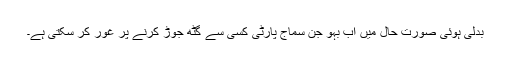
بدلی ہوئی صورت حال میں اب بہو جن سماج پارٹی کسی سے گٹھ جوڑ کرنے پر غور کر سکتی ہے۔